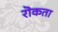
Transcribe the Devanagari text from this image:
रॊकता